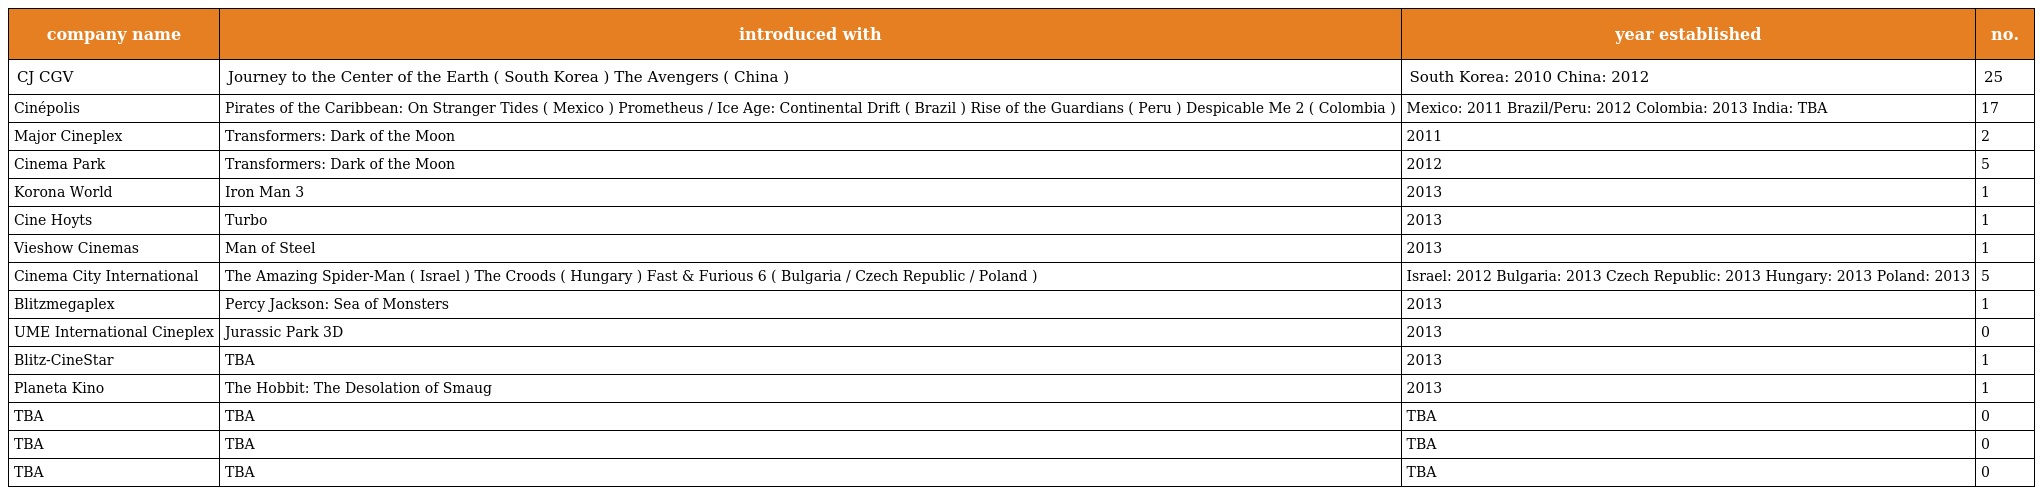
| company name | introduced with | year established | no. |
 | --- | --- | --- | --- |
 | CJ CGV | Journey to the Center of the Earth ( South Korea ) The Avengers ( China ) | South Korea: 2010 China: 2012 | 25 |
 | Cinépolis | Pirates of the Caribbean: On Stranger Tides ( Mexico ) Prometheus / Ice Age: Continental Drift ( Brazil ) Rise of the Guardians ( Peru ) Despicable Me 2 ( Colombia ) | Mexico: 2011 Brazil/Peru: 2012 Colombia: 2013 India: TBA | 17 |
 | Major Cineplex | Transformers: Dark of the Moon | 2011 | 2 |
 | Cinema Park | Transformers: Dark of the Moon | 2012 | 5 |
 | Korona World | Iron Man 3 | 2013 | 1 |
 | Cine Hoyts | Turbo | 2013 | 1 |
 | Vieshow Cinemas | Man of Steel | 2013 | 1 |
 | Cinema City International | The Amazing Spider-Man ( Israel ) The Croods ( Hungary ) Fast & Furious 6 ( Bulgaria / Czech Republic / Poland ) | Israel: 2012 Bulgaria: 2013 Czech Republic: 2013 Hungary: 2013 Poland: 2013 | 5 |
 | Blitzmegaplex | Percy Jackson: Sea of Monsters | 2013 | 1 |
 | UME International Cineplex | Jurassic Park 3D | 2013 | 0 |
 | Blitz-CineStar | TBA | 2013 | 1 |
 | Planeta Kino | The Hobbit: The Desolation of Smaug | 2013 | 1 |
 | TBA | TBA | TBA | 0 |
 | TBA | TBA | TBA | 0 |
 | TBA | TBA | TBA | 0 |